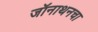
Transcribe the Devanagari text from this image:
जॉनाथनचा